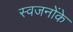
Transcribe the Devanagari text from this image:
स्वजनोंके